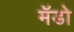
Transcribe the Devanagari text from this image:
मॅडो